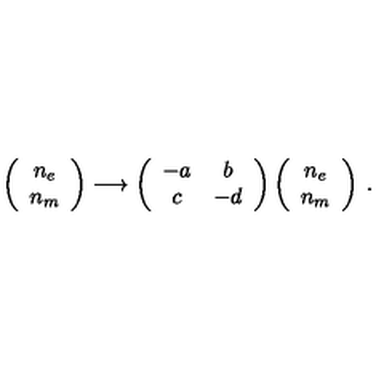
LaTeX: \left( \begin{array} { c } { n _ { e } } \\ { n _ { m } } \\ \end{array} \right) \longrightarrow \left( \begin{array} { c c } { - a } & { b } \\ { c } & { - d } \\ \end{array} \right) \left( \begin{array} { c } { n _ { e } } \\ { n _ { m } } \\ \end{array} \right) \: .